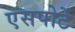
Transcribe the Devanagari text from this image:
एसपोर्टे